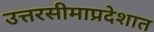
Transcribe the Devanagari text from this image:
उत्तरसीमाप्रदेशात